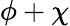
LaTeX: \phi+\chi